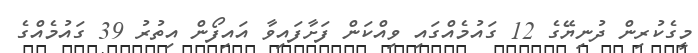
މީގެކުރިން ދުނިޔޭގެ 12 ގައުމެއްގައި ވިއްކަން ފަށާފައިވާ އައިފޯން އިތުރު 39 ގައުމެއްގެ